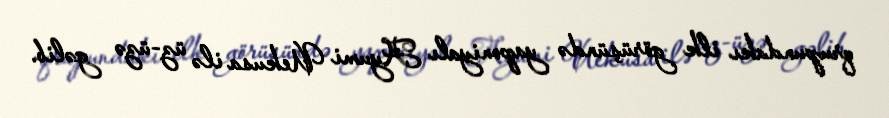
qrupundakı ilk görüşündə yaponiyalı Ayumi Uekusa ilə üz-üzə gəlib.